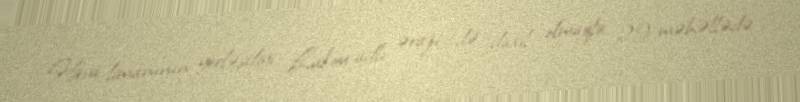
Hava limanının yerləşdiyi Lukou adlı ərazi də daxil olmaqla 29 məhəllədə